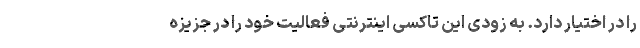
را در اختیار دارد. به زودی این تاکسی اینترنتی فعالیت خود را در جزیزه